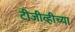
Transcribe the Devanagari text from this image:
टीजीव्हीच्या